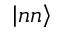
\left\vert n n \right\rangle